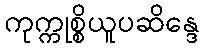
ကုက္ကုစ္စိယူပဆိန္ဒေ